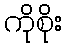
ကိုစိုး